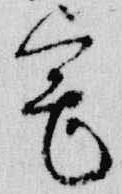
宅